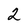
Character: 2